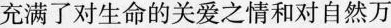
充满了对生命的关爱之情和对自然万